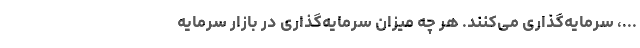
...، سرمایه‌گذاری می‌کنند. هر چه میزان سرمایه‌گذاری در بازار سرمایه